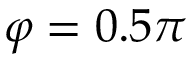
\varphi = 0 . 5 \pi